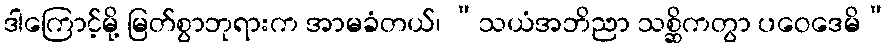
ဒါကြောင့်မို့ မြတ်စွာဘုရားက အာမခံတယ်၊ “သယံအဘိညာ သစ္ဆိကတွာ ပဝေဒေမိ”